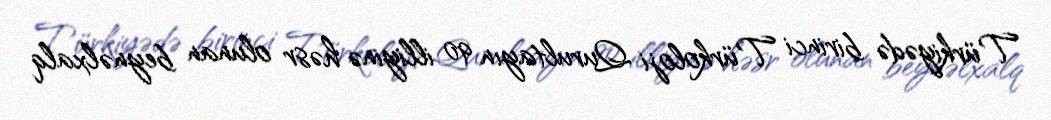
Türkiyədə birinci Türkoloji Qurultayın 90 illiyinə həsr olunan beynəlxalq